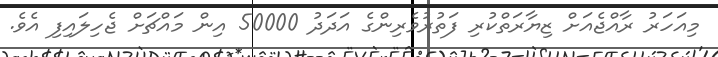
މިއަހަރު ރާއްޖެއަށް ޒިޔާރަތްކުރި ފަތުރުވެރިންގެ އަަދަދު 50000 އިން މައްޗަށް ޖެހިލައިފި އެވެ.